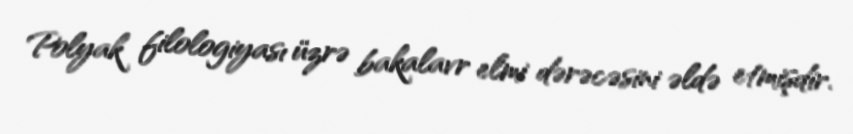
Polyak filologiyası üzrə bakalavr elmi dərəcəsini əldə etmişdir.